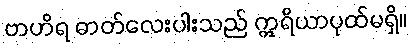
ဗာဟိရ ဓာတ်လေးပါးသည် ဣရိယာပုထ်မရှိ။